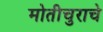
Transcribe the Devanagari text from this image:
मोतीचुराचे